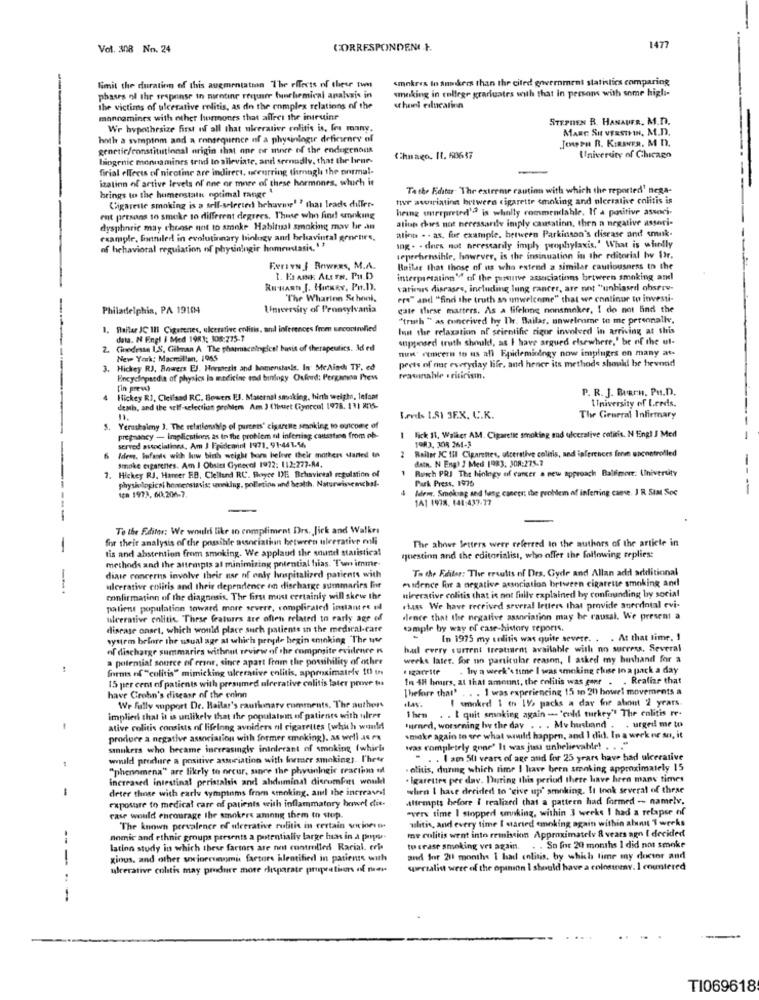
Vol. 308 Nn. 24
CORRESPONDENI.F.
1477
smokres In smokers than the cited government statistics comparing
-
limit the duration of this augmentation The effects of these two
smoking in college graduates with that in persons with some high-
phases of the response in mientine require binchemical analysis in
the victims of ulcerative colitis, as do the complex relations of the
schont education
mannamines with other hormones that affect the iniruine
STEPHEN R. HANAUFR. M.n.
Wr hypothesize first of all that ulcerative colitis is, frs many.
MARC SI VERSTHIN, M.D.
hoth a symptom and a consequence of a physiologie defineney of
Jongen R. KIRAWER. M n.
genetic/constitutional origin that one or more of the endogenous
biogenic monnamines tend to alleviate, and sernodly, that the henr.
Chuago. It, 60637
University of Chicago
firial effects of nicotine are indirect, occurring through the normal-
-
ization of active levels of one or more of these hormones, which it
brings to the humeostatt optimal range "
Tathe Editor The extreme caution with which the reported' nega-
Cigarette smoking is a sell-selected brhaving' ? that leads diller-
tive astoriatinn brewers cigarette smoking and olerrative colitis is
heung serpreted'? is wholly commendable. If a positive associ-
ent prisons to smoke to different degrees. Those who find smoking
ation chies not necessarily imply causation, then a negative asseri-
dysphoric may choose not to smoke Habitual smoking may be an
aling . . as, for example, between Parkinson's disease and smuk-
example, fonniled in evolutionary biology and belavintal genetire,
of behavioral regulation of physinlngir homeostasis, '
ing . . does not necessarily imply prophylaxis.' What is whodly
reprehensible, however, is the insinuation in the editorial Iw Dir.
FerEvN / Boweas, M.A.
Bailar that those of us who extend a similar cautiousness to the
I. E AINE ALE FR. PH.D
interpretation" of the pursinve associations between smoking and
Runast J. Hankey, PH.D).
various diseases, including lung cancer, are not "unbiased observ-
The Wharinn School.
ers" and "find the truth so unwelcome" that we continue to investi-
Philadelphia, PA 19104
University of Pennsylvania
gate these marters. As a lifelong nonsmoker, I do not find the
"truth " as conceived hy Ihr. Bailar, unwelcome to me perennallv.
1. Plailar JC III Cigarenes, ulcerative enlisis, and inferences frem uncontrolled
Inn the relaxation of scientific rigor involved in arriving at shis
data. N Engl i Med 1983: 108:275-7
supposed truth should, as I have argued elsewhere,' be of the ut-
2. Cinedesse 1,S, Gilman A The pharmacological basis of therapeutics. Id ed
nuw cemeern to us all Epidemiology now implugrs on many as-
New York: Macmillan, 1965
peets of our everyday life, and hener its methods should be bevond
3. Hickey RJ, Rowers EJ. Hermetis and bomenstasis. In MeAinch TF. ed
Encyclopaedia of physics la medicine and biningy Oufourd: Pergamna Preis
reasonable . risicisin.
[in prew)
P. R. J. Barn. PH.D.
Hickey R1. Clelland RC, Bowers EJ. Maternal smocking, hinthe weigh, Infant
University of Leeds.
death, and the self-selection problems Am ) (buet Cyoccul 1978. 131 806-
Leves 1.SI 3E.X. C.K.
The Geurral Infirmary
5. Yerushaley J. The relationship of parents' cigarette smoking to outcome of
pregnancy - Implications as in the problem til inferring causstine from ob-
-
1983, 308 261-3
lick 11, Walker AM. Cigarette smoking and ulcerative colitis. N Engl J Med
served associalines. Am J Fredemint 1971, 91-441.56
Rallar IC 11 Cigarettes, ulcerative colitis, and inferences fare uncontrolled
Idem, Infants wich low birth weight bom belove their mothers darted In
dath. N Engl J Med 1983: 308:275-7
Smoke cigarettes. Am I Obsitt Gynecol 1972: 112:277-84,
1
Busch PRI The hinlogy of cancer a new approach Balémore: University
7. Hickey RJ. Haner HB, Clelland RC. Boyce IMIS Behavireal regulation of
physiological homeostasis unklug. polletinn and health. Naturwissenchal-
Park Press, 1976
Idem. Smoking and lung cancer: the problem of inferring came. J R SIM Soc
-
ica 1973. 60.206-7,
141 1978. 141:437-77
To the Editor: We would like to compliment Drs. Jirk and Walkrs
for their analysis of the possible association between ulcerative mli
The above letters were referred to the authors of the article in
tis and abstention from smoking. We applaud the sound statistical
methods and the attempts al minimizing potential hias. Twn imme-
mestinn and the editorialist, who offer the following replies:
To the Faites: The results of Drs. Cyde and Allan add additional
diase concerns involve their nar of only hospitalized patients with
evidence for a negative association briween cigarette smoking and
ulcerative colitis and their dependence en discharge summaries for
nieerative colitis that is not fully explained by confounding by social
confirmation of the diagnosis. The first most certainly will skew the
patient population toward more severe, complicated instantes el
chass We have received several letters that provide anerdotal evi-
ulcerative colitis. These features are often related to early age of
dence that the negative association may be rausal. We present a
disease onset, which would place such patiente in the medical-care
sample by way of case history reports.
system before the usual age at which profile begin ennking The tw
In 1975 my celitis was quite severe. . . At that time. 1
of discharge summaries without review of the composite evidence ns
hu every current treatment available with no success. Several
a potential source of eranr, since apart from the possibility of other
weeks later. for no particular reason, I asked my hishand for a
forms of "colitis" mimicking ulcerative enlitis, approximatefe 10 th
· Izarstr
.hy n week's time I was smoking chise In a pack a day
15 per cent of patients with presumed ulcerative colitis later prove tu
In 48 hours, at that amount, the colitis was gear . . Realize that
Thefore that' . . . 1 was experiencing 15 mn 20) bowel movements a
have Crohn's disease of the eninn
I woked 1 en 1V> packs a day for about 2 years
We fully support Dr. Bailar's cautionary comments. The authors
Then . . I quit smoking again - 'cold turkey" The colitis re-
implied that it is unlikely that the populatwin of patients with ulrer
ative colitis consists of lifelong avniders ol cigarettes (which would
turned, worsening Iww the day . . . My husband . . urged me to
produce a negative association with former emoking). as well 45 Px
.make again to see what wwild happen, and I did. In a werk nr so, it
smukers who became increasingly intolerant of smoking (whiri
was completely gone" It was just unbelievable! . . .
would procure a positive association with former smokings. I'hrer
. . . I am Sti vears of age and for 25 years have had ulcerative
"phenomena" are likely to orcur, since the physiologic reaction of
- olitis, during which time I have been smoking approximately 15
Increased intestinal peristalsis and abdominal dicromfet wonkl
. Igarettes per day. During this period there have hren many times
deter those with early symptoms from smoking, and the increased
when I have derided to "give up' smoking. It took several of these
exposure to medical care of patients with inflammatory bowel die-
Attempts before I realized that a pattern had formed -- namely.
every time I stopped smoking, within 3 weeks I had a relapse of
case would encourage the smokers among them to stop.
ulitis, and every time I started emoking again within about 3 weeks
The known prevalence of ulcerative colitis in certain venciones
me colitis went into remission Approximately 8 vears agn I decided
--
nomic and ethnic groups presents a potentially large has in a popu
latino study in which these farines are not controlled Racial. cel.
to crase smoking ves again.
. . So fre 20 months I did not smoke
1
gious, and other socioeconomic factors hlentified in patients with
and for 211 months I had colitis, by which lime my doctor and
ulcerative colitis may produce more disparate propretivos of ram-
specialist were of the opinion I should have a colostomy. 1 countered
----
T1069618